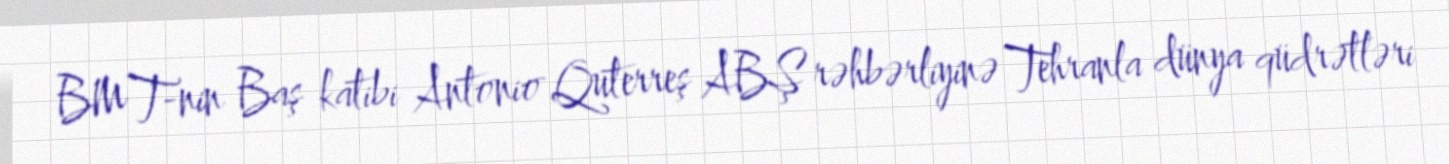
BMT-nin Baş katibi Antonio Quterreş ABŞ rəhbərliyinə Tehranla dünya qüdrətləri